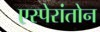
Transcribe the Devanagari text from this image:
एस्पेरांतोन